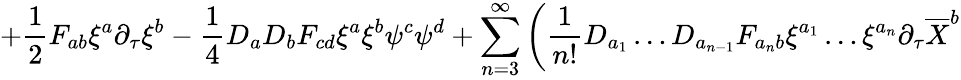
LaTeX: +\frac{1}{2}F_{ab}\xi^{a}\partial_{\tau}\xi^{b}-\frac{1}{4}D_{a}D_{b}F_{cd}\xi^{a}\xi^{b}\psi^{c}\psi^{d}+\sum_{n=3}^{\infty}\left(\frac{1}{n!}D_{a_{1}}\ldots D_{a_{n-1}}F_{{a_{n}}b}\xi^{a_{1}}\ldots\xi^{a_{n}}\partial_{\tau}\overline{{{X}}}^{b}\right.